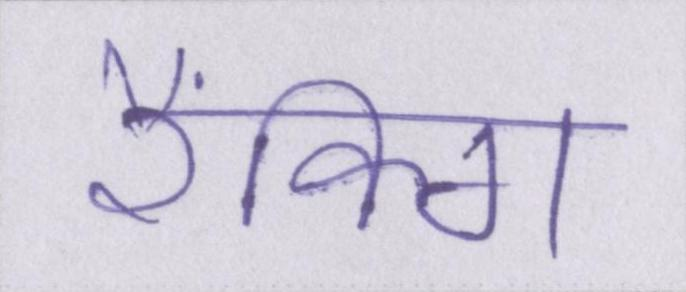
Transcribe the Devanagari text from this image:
रैंकिग